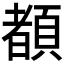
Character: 𲊴